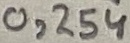
Text: 0,254